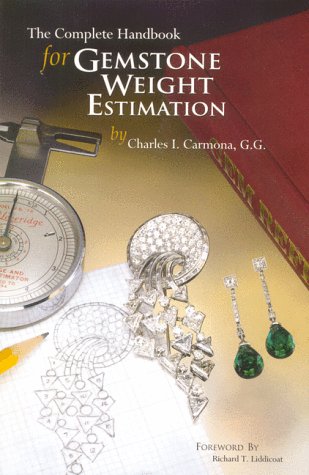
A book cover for The Complete Handbook for Gemstone Weight Estimation; G.G. Charles I. Carmona; Science & Math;